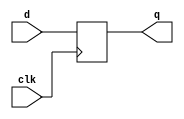
`timescale 1ns / 1ps
//////////////////////////////////////////////////////////////////////////////////
// Company: 
// Engineer: 
// 
// Design Name: 
// Module Name: dflop
// Project Name: 
// Target Devices: 
// Tool Versions: 
// Description: 
// 
// Dependencies: 
// 
// Revision:
// Revision 0.01 - File Created
// Additional Comments:
// 
//////////////////////////////////////////////////////////////////////////////////


module dflop(clk,d,q);
input clk,d;
output reg q;
always@(posedge clk)
q<=d;
endmodule